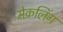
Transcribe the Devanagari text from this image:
मेकलिंग